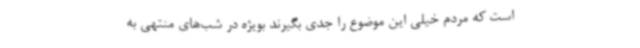
است که مردم خیلی این موضوع را جدی بگیرند بویژه در شب‌های منتهی به